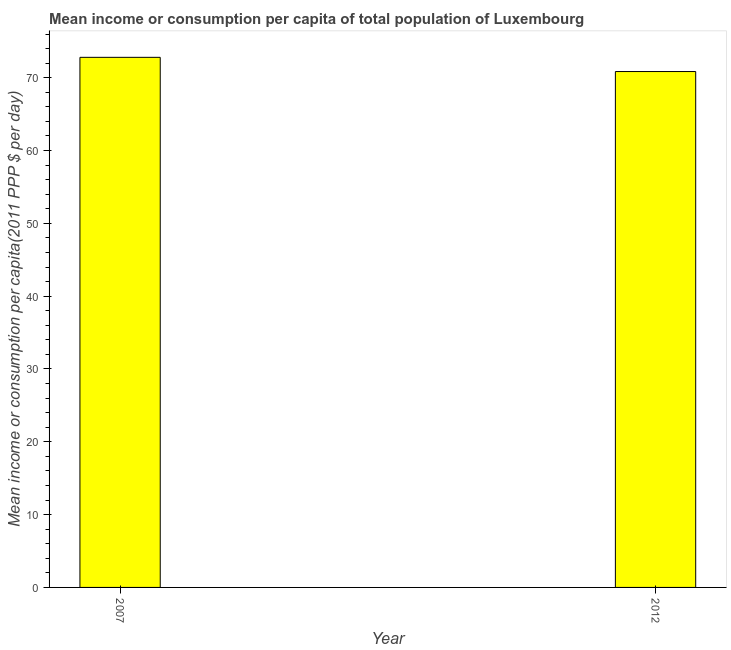
| Year | Total population |
 | --- | --- |
 | 2007 | 72.8 |
 | 2012 | 70.8 |